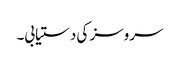
سروسز کی دستیابی۔